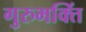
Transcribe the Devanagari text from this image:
गुरुभक्तिं